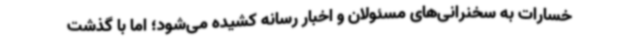
خسارات به سخنرانی‌های مسئولان و اخبار رسانه کشیده می‌شود؛ اما با گذشت